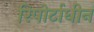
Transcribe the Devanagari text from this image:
रिपोर्टाधीन